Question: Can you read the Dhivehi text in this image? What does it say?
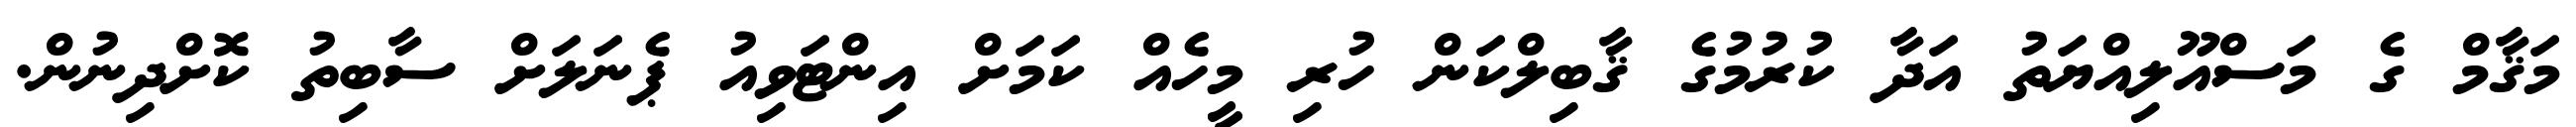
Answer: މަޤާމް ގެ މަސްއޫލިއްޔަތު އަދާ ކުރުމުގެ ޤާބިލްކަން ހުރި މީހެއް ކަމަށް އިންޓަވިއު ޕެނަލަށް ސާބިތު ކޮށްދިނުން.